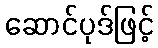
ဆောင်ပုဒ်ဖြင့်